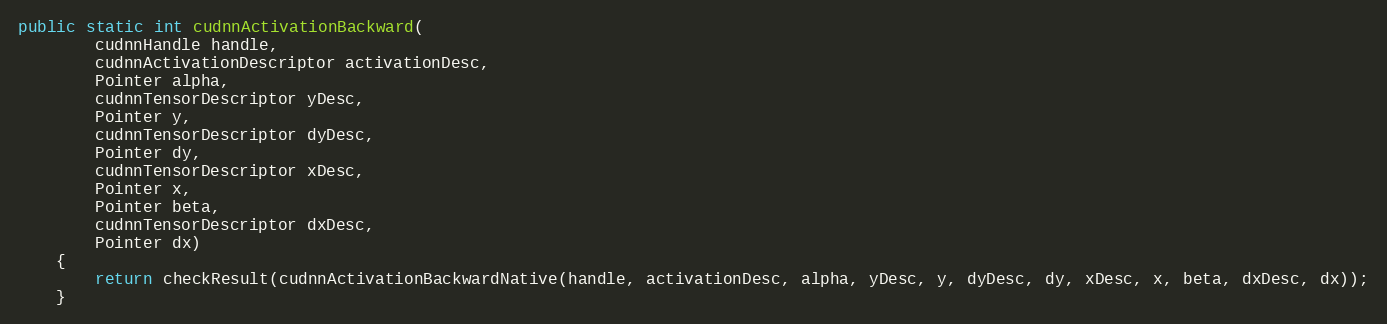
Language: Java
public static int cudnnActivationBackward(
        cudnnHandle handle,
        cudnnActivationDescriptor activationDesc,
        Pointer alpha,
        cudnnTensorDescriptor yDesc,
        Pointer y,
        cudnnTensorDescriptor dyDesc,
        Pointer dy,
        cudnnTensorDescriptor xDesc,
        Pointer x,
        Pointer beta,
        cudnnTensorDescriptor dxDesc,
        Pointer dx)
    {
        return checkResult(cudnnActivationBackwardNative(handle, activationDesc, alpha, yDesc, y, dyDesc, dy, xDesc, x, beta, dxDesc, dx));
    }